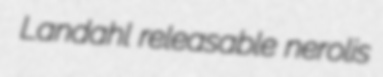
Landahl releasable nerolis